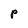
Character: P